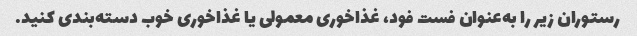
رستوران زیر را به‌عنوان فست فود، غذاخوری معمولی یا غذاخوری خوب دسته‌بندی کنید.